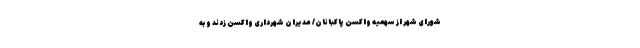
شورای شهر از سهمیه واکسن پاکبانان/ مدیران شهرداری واکسن زدند و به